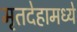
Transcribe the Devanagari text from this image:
मृतदेहामध्ये